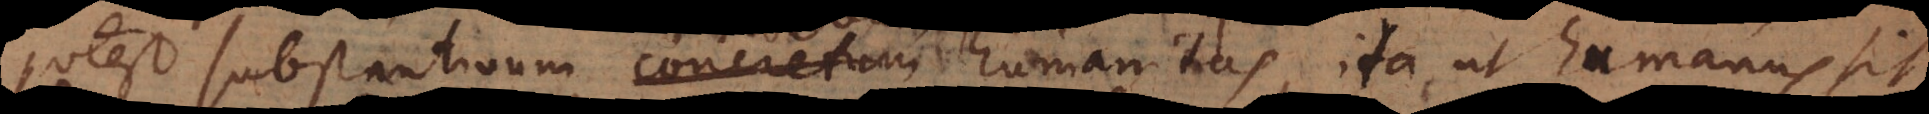
potest substantivum abstractivum humanitas, ita ut humanus sit